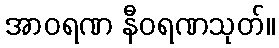
အာဝရဏ နီဝရဏသုတ်။